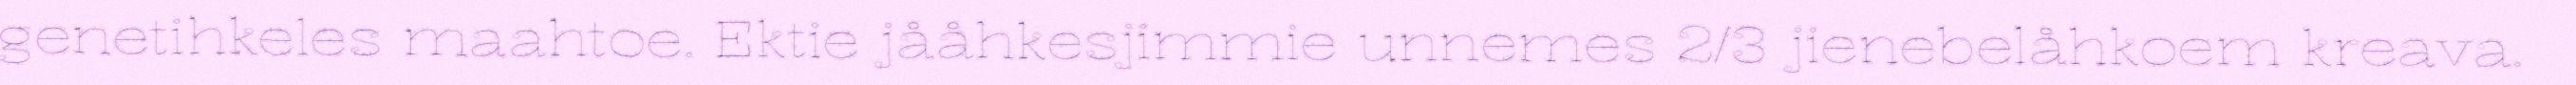
genetihkeles maahtoe. Ektie jååhkesjimmie unnemes 2/3 jienebelåhkoem kreava.